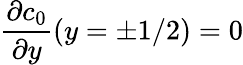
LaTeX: \frac{\partial c_{0}}{\partial y}(y=\pm 1/2)=0